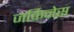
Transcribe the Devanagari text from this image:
जर्किनेस